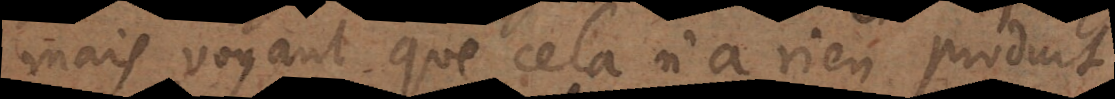
Mais voyant que cela n’a rien produit,